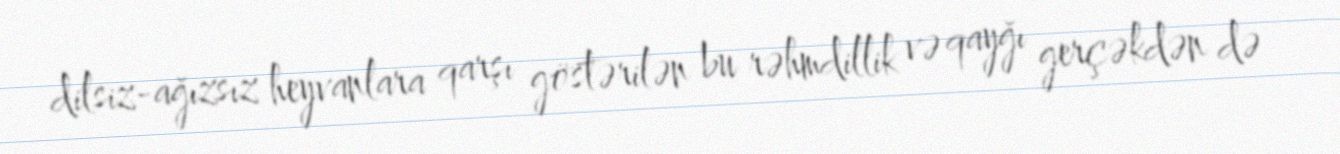
dilsiz-ağızsız heyvanlara qarşı göstərilən bu rəhmdillik və qayğı gerçəkdən də